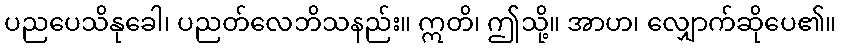
ပညပေသိနုခေါ၊ ပညတ်လေဘိသနည်း။ ဣတိ၊ ဤသို့။ အာဟ၊ လျှောက်ဆိုပေ၏။